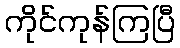
ကိုင်ကုန်ကြပြီ